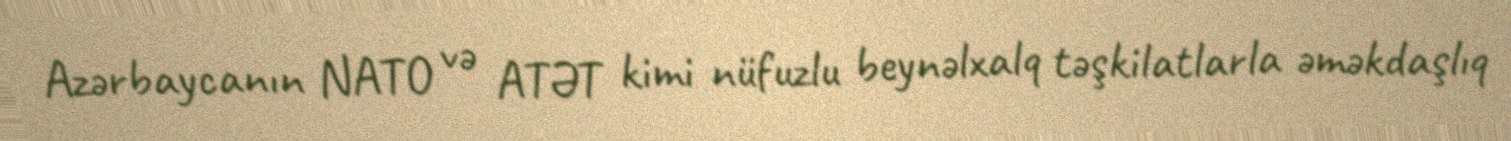
Azərbaycanın NATO və ATƏT kimi nüfuzlu beynəlxalq təşkilatlarla əməkdaşlıq